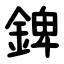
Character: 錍